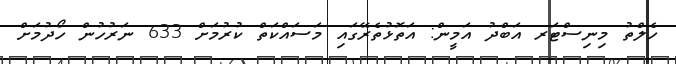
ހެލްތު މިނިސްޓަރ އަބްދު އަމީން: އަތޮޅުތެރޭގައި މަސައްކަތް ކުރުމަށް 633 ނަރުހުން ހޯދުމަށް